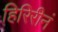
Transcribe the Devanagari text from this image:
हिरिरीनं